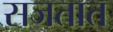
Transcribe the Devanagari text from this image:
सजतात